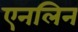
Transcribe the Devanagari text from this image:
एनलिन